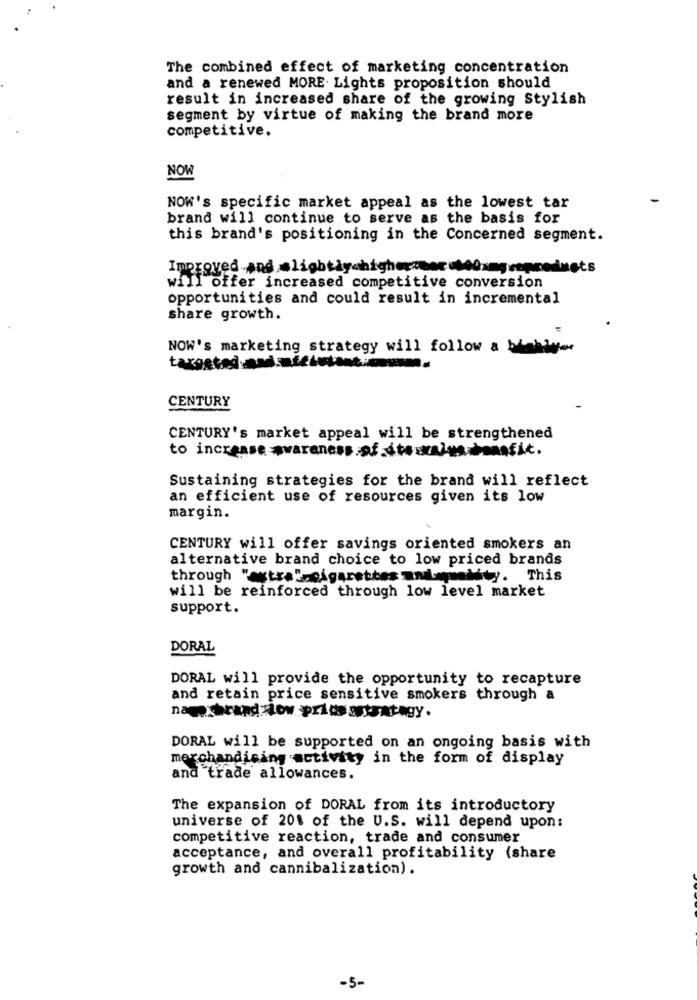
The combined effect of marketing concentration
and a renewed MORE. Lights proposition should
result in increased share of the growing Stylish
segment by virtue of making the brand more
competitive.
NOW
NOW's specific market appeal as the lowest tar
brand will continue to serve as the basis for
this brand's positioning in the Concerned segment.
Improved and slightly higher:bor Mbangceproducts
will offer increased competitive conversion
opportunities and could result in incremental
share growth.
NOW's marketing strategy will follow a blokly-
targsted nad.affintant .:
CENTURY
CENTURY's market appeal will be strengthened
to increase awareness of its aralus.bonofic.
Sustaining strategies for the brand will reflect
an efficient use of resources given its low
margin.
CENTURY will offer savings oriented smokers an
alternative brand choice to low priced brands
through "extra",cigarettes nul ality. This
will be reinforced through low level market
support.
DORAL
DORAL will provide the opportunity to recapture
and retain price sensitive smokers through a
name brand low price astrategy.
DORAL will be supported on an ongoing basis with
merchandising activity in the form of display
and trade allowances.
The expansion of DORAL from its introductory
universe of 201 of the U.S. will depend upon:
competitive reaction, trade and consumer
acceptance, and overall profitability (share
growth and cannibalization).
-5-